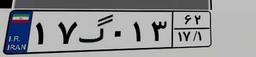
۱۷گ۰۱۳۶۲